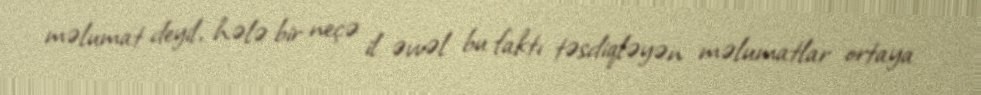
məlumat deyil, hələ bir neçə il əvvəl bu faktı təsdiqləyən məlumatlar ortaya